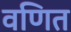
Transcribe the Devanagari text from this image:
वणित